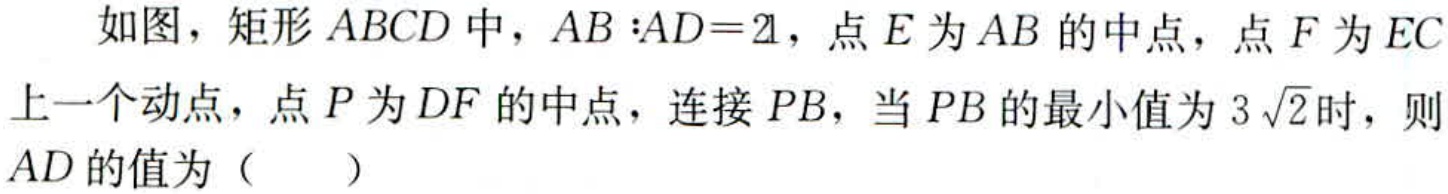
如图，矩形\(ABCD\)中，\(AB:AD = 2\sqrt{2}\)，点\(E\)为\(AB\)的中点，点\(F\)为\(EC\)上一个动点，点\(P\)为\(DF\)的中点，连接\(PB\)，当\(PB\)的最小值为\(3\sqrt{2}\)时，则\(AD\)的值为（  ）